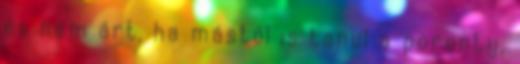
és nem árt, ha mástól is tanul a poronty.